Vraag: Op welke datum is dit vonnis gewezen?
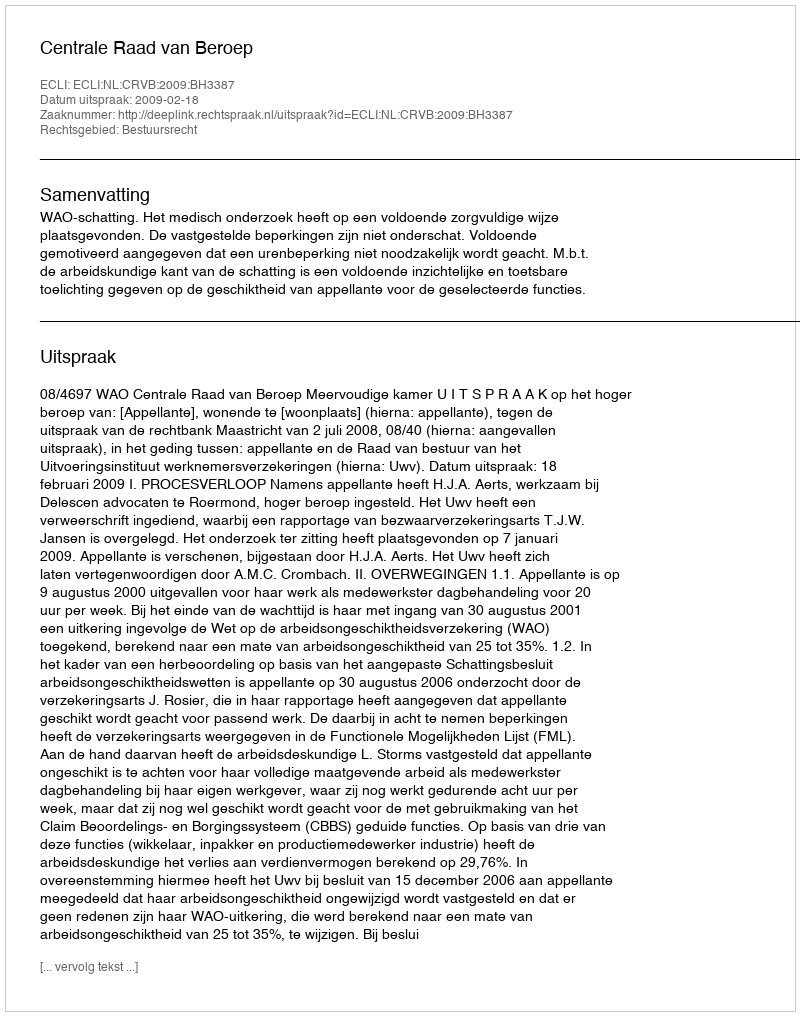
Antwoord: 2009-02-18